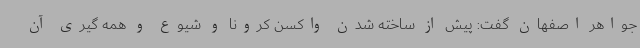
جواهر اصفهان گفت: پیش از ساخته شدن واکسن کرونا و شیوع و همه گیری آن